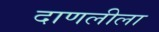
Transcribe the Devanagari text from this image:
दाणलीला